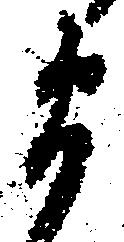
衛